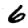
Digit: 6